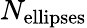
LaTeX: N_{\mathrm{ellipses}}